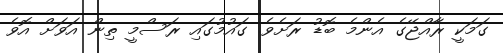
ގަމަކީ ރާއްޖޭގެ އެންމެ ބޮޑު ރަށެވެ. ގައުމުގައި ރަސްމީ ތިން އަވަށް އޮވެ